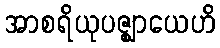
အာစရိယုပဇ္ဈာယေဟိ